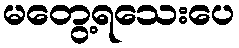
မတွေ့ရသေးပေ